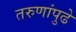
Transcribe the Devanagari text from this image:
तरुणांपुढे